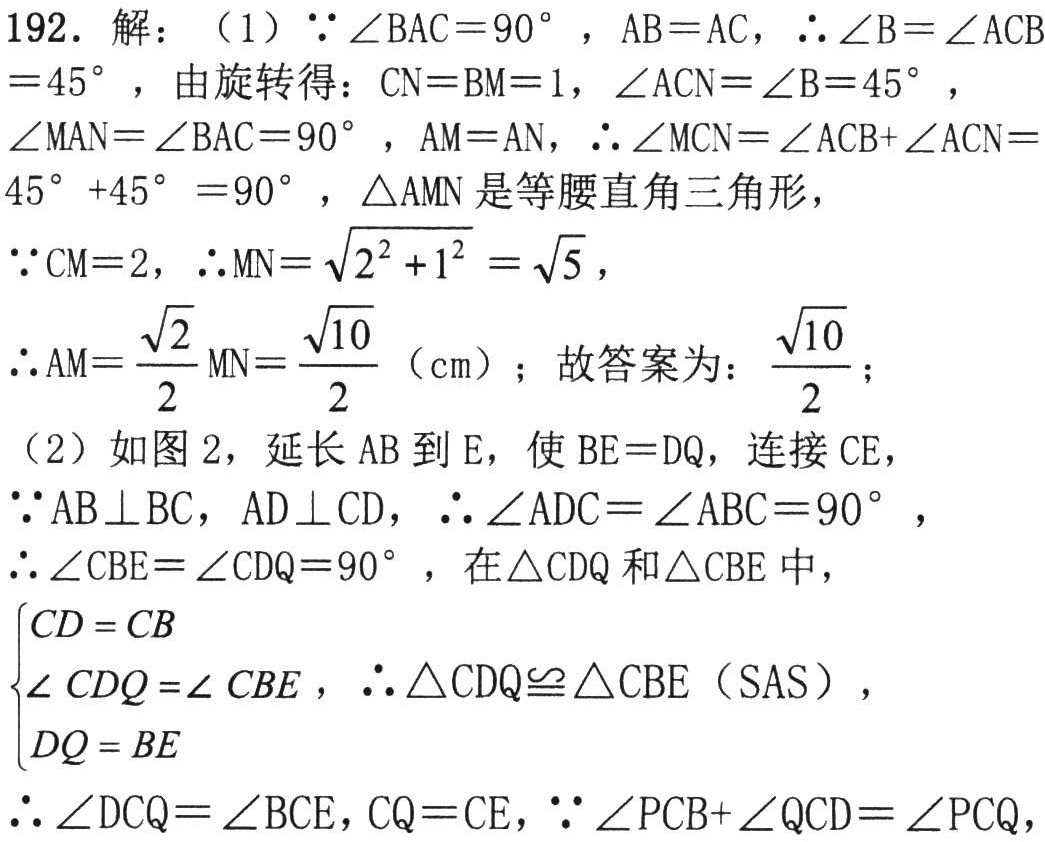
192. 解：（1）$\because\angle BAC = 90^{\circ}$，$AB = AC$，$\therefore\angle B=\angle ACB = 45^{\circ}$，由旋转得：$CN = BM = 1$，$\angle ACN=\angle B = 45^{\circ}$，
$\angle MAN=\angle BAC = 90^{\circ}$，$AM = AN$，$\therefore\angle MCN=\angle ACB+\angle ACN = 45^{\circ}+45^{\circ}=90^{\circ}$，$\triangle AMN$是等腰直角三角形，
$\because CM = 2$，$\therefore MN=\sqrt{2^{2}+1^{2}}=\sqrt{5}$，
$\therefore AM=\dfrac{\sqrt{2}}{2}MN=\dfrac{\sqrt{10}}{2}$（cm）；故答案为：$\dfrac{\sqrt{10}}{2}$；
（2）如图2，延长$AB$到$E$，使$BE = DQ$，连接$CE$，
$\because AB\perp BC$，$AD\perp CD$，$\therefore\angle ADC=\angle ABC = 90^{\circ}$，
$\therefore\angle CBE=\angle CDQ = 90^{\circ}$，在$\triangle CDQ$和$\triangle CBE$中，
$\begin{cases}
CD = CB\\
\angle CDQ=\angle CBE\\
DQ = BE
\end{cases}$，$\therefore\triangle CDQ\cong\triangle CBE$（SAS），
$\therefore\angle DCQ=\angle BCE$，$CQ = CE$，$\because\angle PCB+\angle QCD=\angle PCQ$，